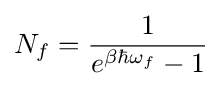
N_{f}={\frac {1}{e^{\beta \hbar \omega _{f}}-1}}